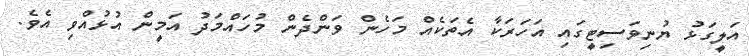
އަލީގަޅު ޔުނިވަސިޓީގައި އަހަރަކާ އެތަކެއް މަހެން ވަންދެން މުހައްމަދު އަމީން އުޅުއްވި އެވެ.